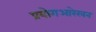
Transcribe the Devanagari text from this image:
प्रयोगआरेखन